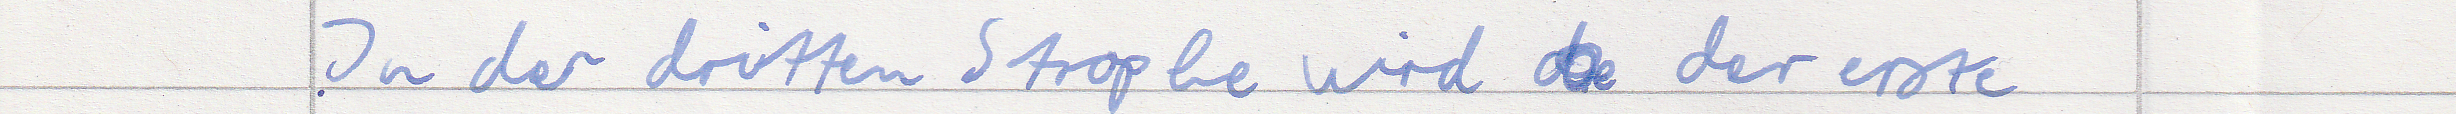
In der dritten Strophe wird der erste